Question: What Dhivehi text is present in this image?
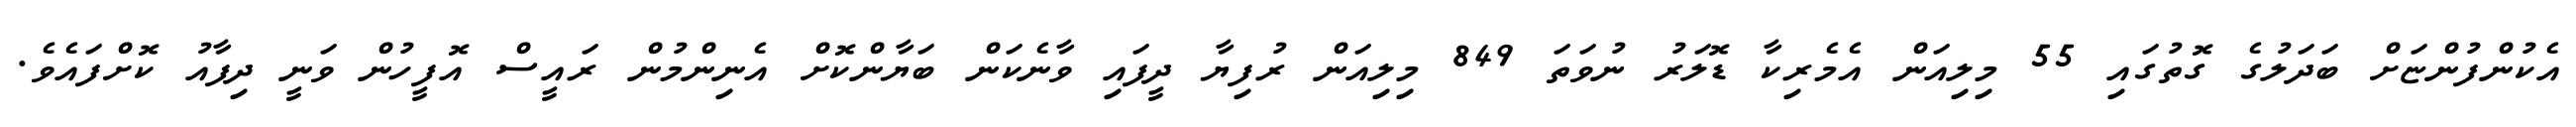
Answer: އެކުންފުންޏަށް ބަދަލުގެ ގޮތުގައި 55 މިލިއަން އެމެރިކާ ޑޮލަރު ނުވަތަ 849 މިލިއަން ރުފިޔާ ދީފައި ވާނެކަން ބަޔާންކޮށް އެނިންމުން ރައީސް އޮފީހުން ވަނީ ދިފާއު ކޮށްފައެވެ.